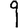
Digit: 9